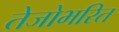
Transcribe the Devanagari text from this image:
तेजोभरित